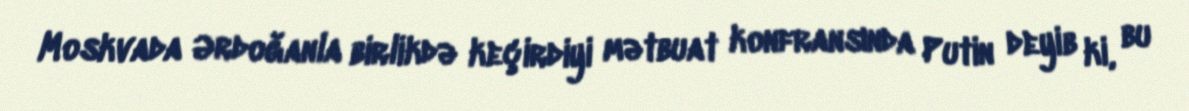
Moskvada Ərdoğanla birlikdə keçirdiyi mətbuat konfransında Putin deyib ki, bu